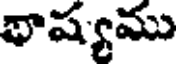
థాష్యము